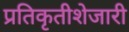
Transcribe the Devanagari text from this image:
प्रतिकृतीशेजारी